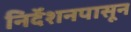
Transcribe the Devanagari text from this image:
निर्देशनपासून